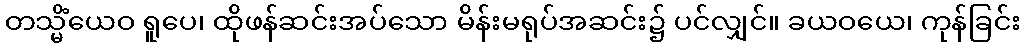
တသ္မိံယေဝ ရူပေ၊ ထိုဖန်ဆင်းအပ်သော မိန်းမရုပ်အဆင်း၌ ပင်လျှင်။ ခယဝယေ၊ ကုန်ခြင်း